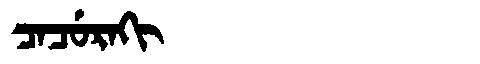
Manchu: ᠴᠠᠴᡠᡵᠠᡴᡳ
Romanization: CACURAKI